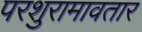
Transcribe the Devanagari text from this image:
परशुरामावतार